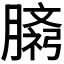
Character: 𫆷